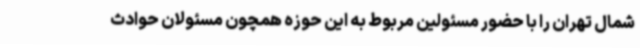
شمال تهران را با حضور مسئولین مربوط به این حوزه همچون مسئولان حوادث